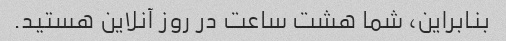
بنابراین، شما هشت ساعت در روز آنلاین هستید.